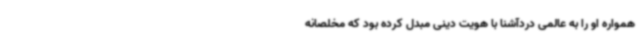
همواره او را به عالمی دردآشنا با هویت دینی مبدل کرده بود که مخلصانه